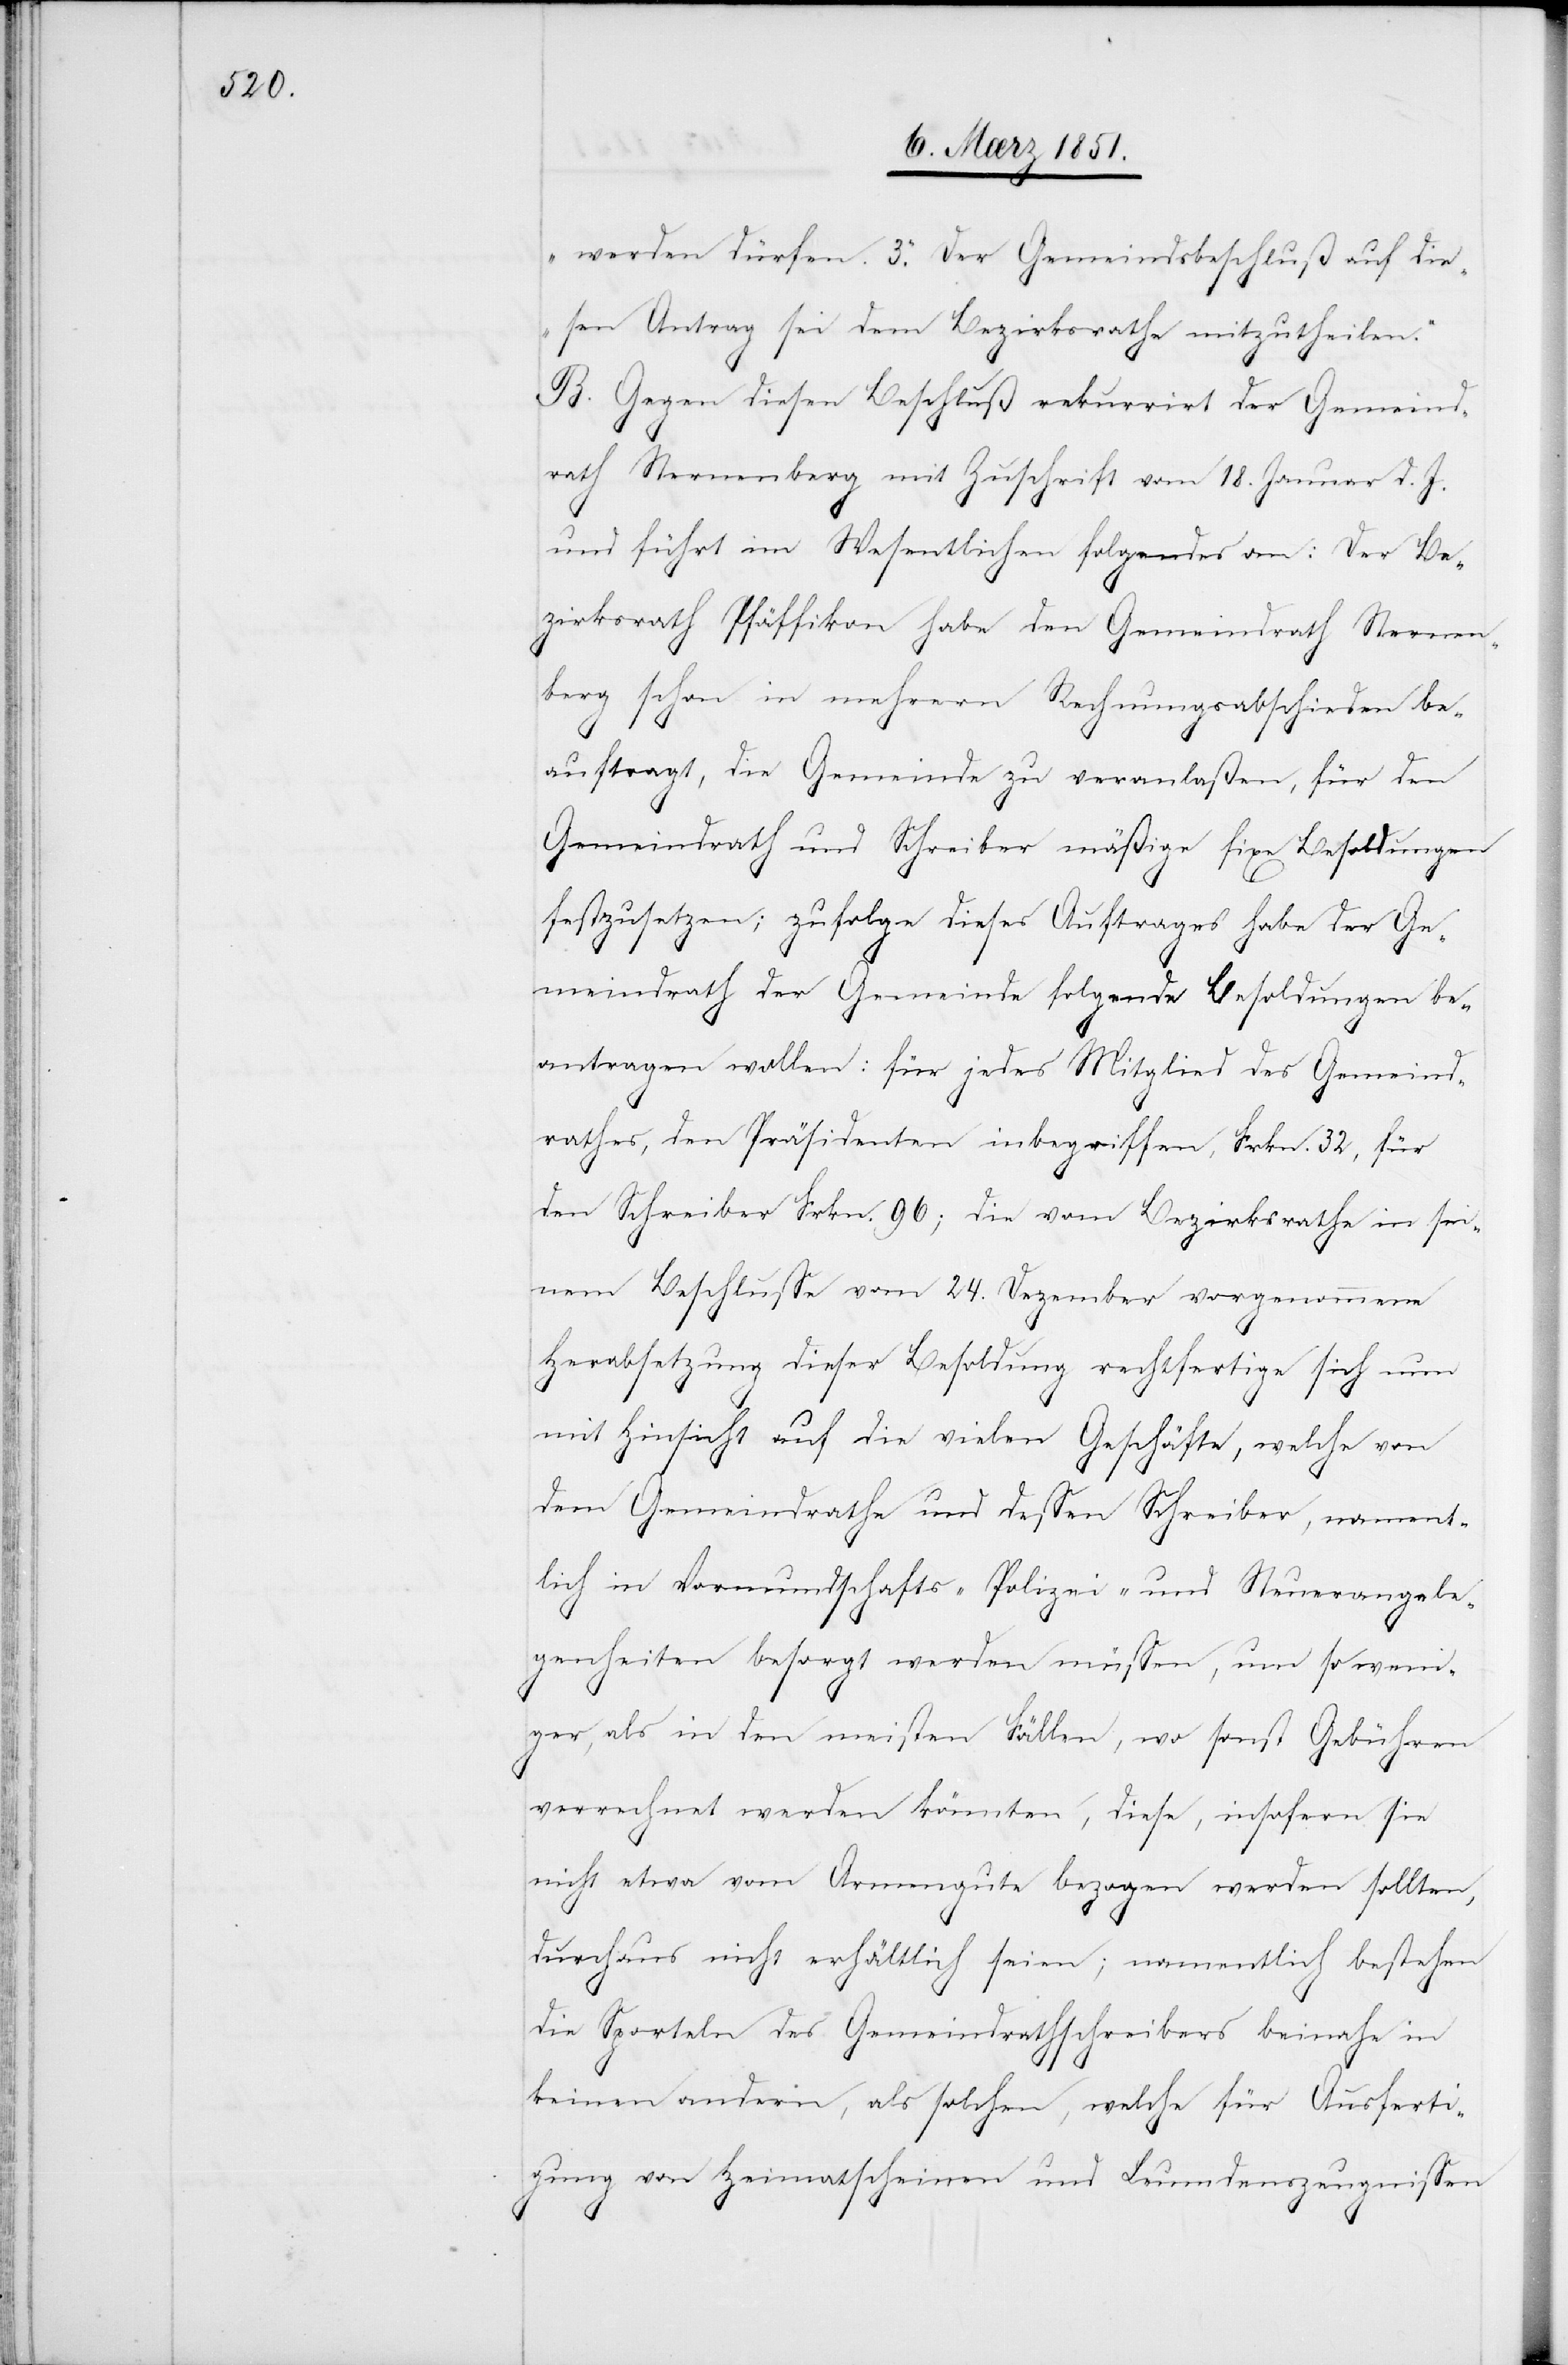
werden dürfen. 3. Der Gemeindsbeschluß auf die¬
sen Antrag sei dem Bezirksrathe mitzutheilen.“
B. Gegen diesen Beschluß rekurrirt der Gemeind¬
rath Sternenberg mit Zuschrift vom 18. Januar d. J.
und führt im Wesentlichen folgendes an: der Be¬
zirksrath Pfäffikon habe den Gemeindrath Sternen¬
berg schon in mehrern Rechnungsabschieden be¬
auftragt, die Gemeinde zu veranlaßen, für den
Gemeindrath und Schreiber mäßige fixe Besoldungen
festzusetzen; zufolge dieses Auftrages habe der Ge¬
meindrath der Gemeinde folgende Besoldungen be¬
antragen wollen: für jedes Mitglied des Gemeind¬
rathes, den Präsidenten inbegriffen, Frkn. 32, für
den Schreiber Frkn. 96; die vom Bezirksrathe in sei¬
nem Beschlusse vom 24. Dezember vorgenommene
Herabsetzung dieser Besoldung rechtfertige sich nun
mit Hinsicht auf die vielen Geschäfte, welche von
dem Gemeindrathe und dessen Schreiber, nament¬
lich in Vormundschafts-[,] Polizei- und Steuerangele¬
genheiten besorgt werden müssen, um so weni¬
ger, als in den meisten Fällen, wo sonst Gebühren
verrechnet werden könnten, diese, insofern sie
nicht etwa vom Armengute bezogen werden sollten,
durchaus nicht erhältlich seien; namentlich bestehen
die Sporteln des Gemeindrathschreibers beinahe in
keinen andern, als solchen, welche für Ausferti¬
gung von Heimatscheinen und Leumdenszeugnissen